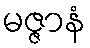
မဇ္ဇာနံ